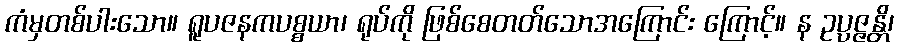
ကံမှတစ်ပါးသော။ ရူပဇနကပစ္စယာ၊ ရုပ်ကို ဖြစ်စေတတ်သောအကြောင်း ကြောင့်။ န ဥပ္ပဇ္ဇန္တိ၊